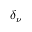
\delta _ { \nu }